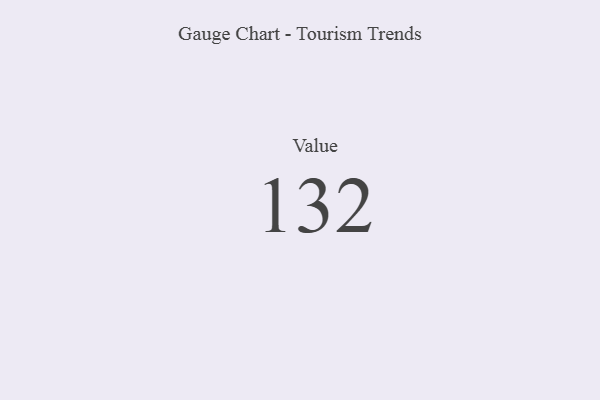
{"axis": {"x": "Metric", "y": "Value"}, "legend": [""], "data": [{"x": "Value", "y": 132, "type": ""}]}